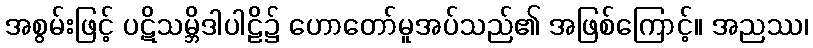
အစွမ်းဖြင့် ပဋိသမ္ဘိဒါပါဠိ၌ ဟောတော်မူအပ်သည်၏ အဖြစ်ကြောင့်။ အညဿ၊